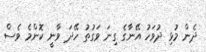
ދެން މުޅި ދުވަހު އޭނާގެ ގިނަ ވަގުތު ހޭދަ ވާނީ ކޮންމެ ވެސް